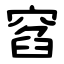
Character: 窞